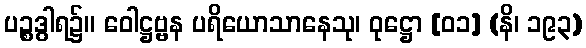
ပဉ္စဒွါရ၌။ ဝေါဋ္ဌဗ္ဗန ပရိယောသာနေသု၊ ဝုဋ္ဌော [၀၁] (နိ၊ ၁၉၃)